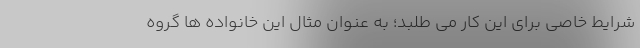
شرایط خاصی برای این کار می طلبد؛ به عنوان مثال این خانواده ها گروه